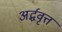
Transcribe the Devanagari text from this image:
अर्द्धवृत्त